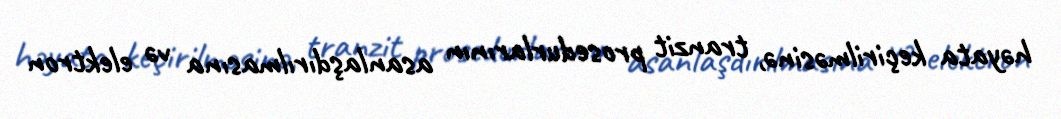
həyata keçirilməsinə, tranzit prosedurlarının asanlaşdırılmasına və elektron